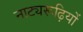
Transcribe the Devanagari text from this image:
नाट्यरूढ़ियों